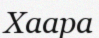
Хаара